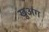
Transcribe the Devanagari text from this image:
खुअंग